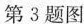
第3题图